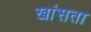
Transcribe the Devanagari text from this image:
खांसता